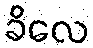
ခိလေ